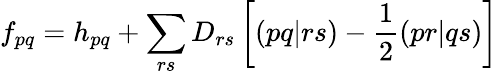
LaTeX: f_{pq}=h_{pq}+\sum_{rs}D_{rs}\left[(pq|rs)-\frac{1}{2}(pr|qs)\right]